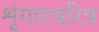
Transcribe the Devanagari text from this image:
शृंगारचरित्र